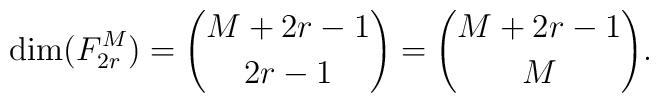
\mbox{dim}(F_{2r}^M)={M+2r-1 \choose 2r-1}={M+2r-1 \choose M}.